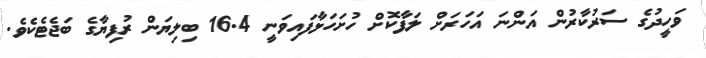
ވަހީދުގެ ސަރުކާރުން އަންނަ އަހަރަށް ލަފާކޮށް ހުށަހަޅާފައިވަނީ 16.4 ބިލިޔަން ރުފިޔާގެ ބަޖެޓެކެވެ.